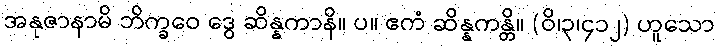
အနုဇာနာမိ ဘိက္ခဝေ ဒွေ ဆိန္နကာနိ။ ပ။ ဧကံ ဆိန္နကန္တိ။ (ဝိ၊၃၊၄၁၂) ဟူသော